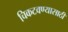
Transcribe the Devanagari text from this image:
चिकटवण्यासाठी